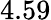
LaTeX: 4.59